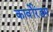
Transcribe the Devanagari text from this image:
कार्वोरंडम